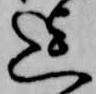
迄